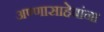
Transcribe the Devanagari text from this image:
अण्णासाहेबांना